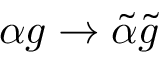
\alpha g \to \tilde { \alpha } \tilde { g }